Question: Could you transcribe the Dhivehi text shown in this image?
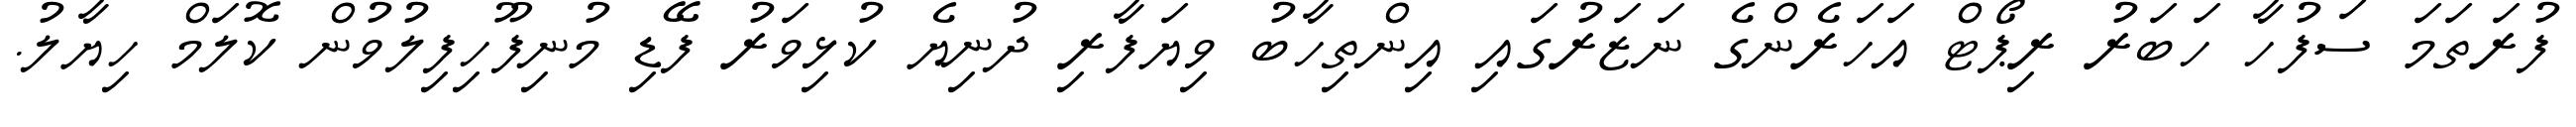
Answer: ފުރަތަމަ ސަފުހާ ހަބަރު ރިޕޯޓް އަހަރެންގެ ނަޒަރުގައި އިންތިހާބު ވިޔަފާރި ދުނިޔެ ކުޅިވަރު ފޭޑި މުނިފޫހިފިލުވުން ކޮލަމް ހިޔާލު.